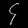
Digit: ၄